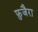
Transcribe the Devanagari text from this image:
फ़ुजैरा